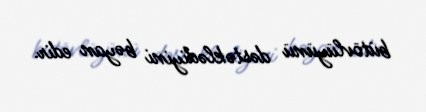
bütövlüyünü dəstəklədiyini bəyan edir.